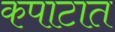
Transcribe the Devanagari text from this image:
कपाटात